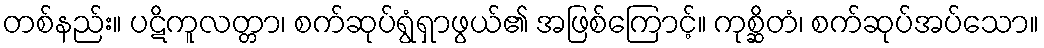
တစ်နည်း။ ပဋိကူလတ္တာ၊ စက်ဆုပ်ရွံရှာဖွယ်၏ အဖြစ်ကြောင့်။ ကုစ္ဆိတံ၊ စက်ဆုပ်အပ်သော။